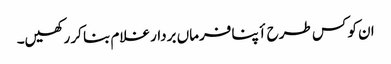
ان کو کس طرح أپنا فرماں بردار غلام بنا کر رکھیں۔